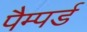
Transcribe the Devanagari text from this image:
पैम्पर्ड